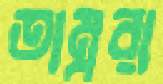
তাম্বুরা